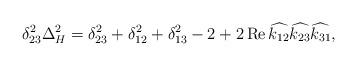
LaTeX: \begin{align*}\delta_{23}^{2}\Delta_{H}^{2}=\delta_{23}^{2}+\delta_{12}^{2}+\delta_{13}^{2}-2+2\operatorname{Re}\widehat{k_{12}}\widehat{k_{23}}\widehat{k_{31}},\end{align*}